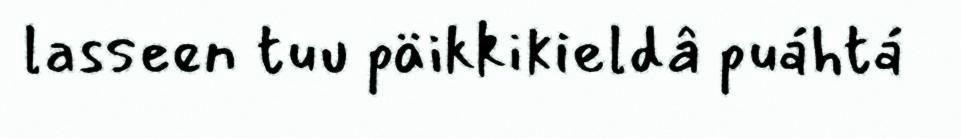
lasseen tuu päikkikieldâ puáhtá